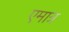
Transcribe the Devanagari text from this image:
एमात्र